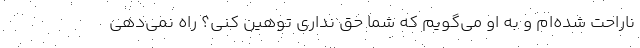
ناراحت شده‌ام و به او می‌گویم که شما حق نداری توهین کنی؟ راه نمی‌دهی